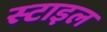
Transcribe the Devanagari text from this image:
स्‍टाइल